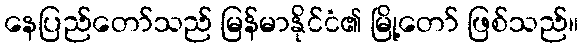
နေပြည်တော်သည် မြန်မာနိုင်ငံ၏ မြို့တော် ဖြစ်သည်။